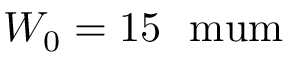
W _ { 0 } = 1 5 ~ \mathrm { { \ m u m } }